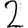
Digit: 2